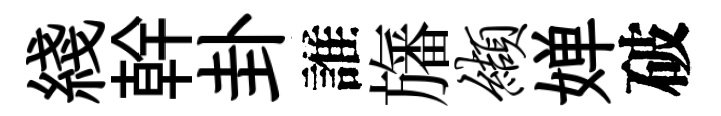
綫幹卦誰旛缬婵破